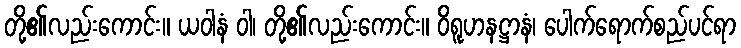
တို့၏လည်းကောင်း။ ယဝါနံ ဝါ၊ တို့၏လည်းကောင်း။ ဝိရူဟနဋ္ဌာနံ၊ ပေါက်ရောက်စည်ပင်ရာ